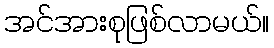
အင်အားစုဖြစ်လာမယ်။